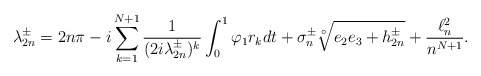
\begin{align*}\lambda_{2n}^\pm= 2n\pi-i \sum_{k=1}^{N+1}\frac{1}{(2i\lambda_{2n}^\pm)^k}\int_0^1\varphi_1r_kdt + \sigma_n^\pm\sqrt[\circ ]{e_2e_3+h_{2n}^\pm}+\frac{\ell^2_n}{n^{N+1}}.\end{align*}